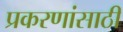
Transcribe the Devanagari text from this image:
प्रकरणांसाठी